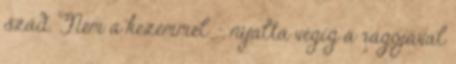
szád. Nem a kezemmel. - nyalta végig a rágójával